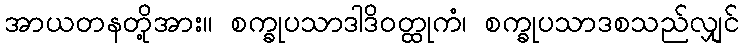
အာယတနတို့အား။ စက္ခုပသာဒါဒိဝတ္ထုကံ၊ စက္ခုပသာဒစသည်လျှင်